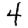
Digit: 4